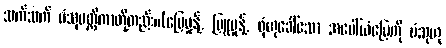
သက်သက် ပံသုမတ္တိကာတို့တည်း။(မြေမှုန့်, မြူမှုန့်, ဖုံဟုခေါ်သော အပေါ်ယံမြေကို ပံသုဟု